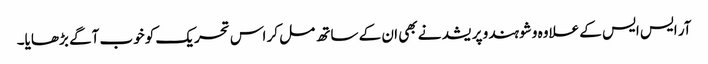
آر ایس ایس کے علاوہ وشو ہندو پریشد نے بھی ان کے ساتھ مل کر اس تحریک کو خوب آگے بڑھایا۔